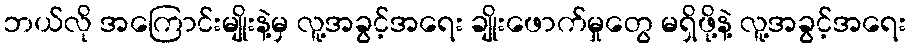
ဘယ်လို အကြောင်းမျိုးနဲ့မှ လူ့အခွင့်အရေး ချိုးဖောက်မှုတွေ မရှိဖို့နဲ့ လူ့အခွင့်အရေး